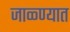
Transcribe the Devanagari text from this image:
जाळ्ण्यात